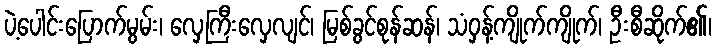
ပဲ့ပေါင်းပြောက်မွမ်း၊ လှေကြီးလှေလျင်၊ မြစ်ခွင်စုန်ဆန်၊ သံဝှန့်ကျိုက်ကျိုက်၊ ဦးစီဆိုက်၏၊